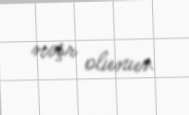
nəşr olunur.